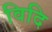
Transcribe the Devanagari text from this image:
विदि